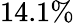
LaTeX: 14.1\%